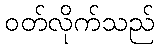
ဝတ်လိုက်သည်